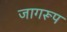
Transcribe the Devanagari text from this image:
जागरूप